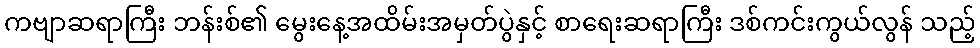
ကဗျာဆရာကြီး ဘန်းစ်၏ မွေးနေ့အထိမ်းအမှတ်ပွဲနှင့် စာရေးဆရာကြီး ဒစ်ကင်းကွယ်လွန် သည့်